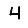
Digit: 4